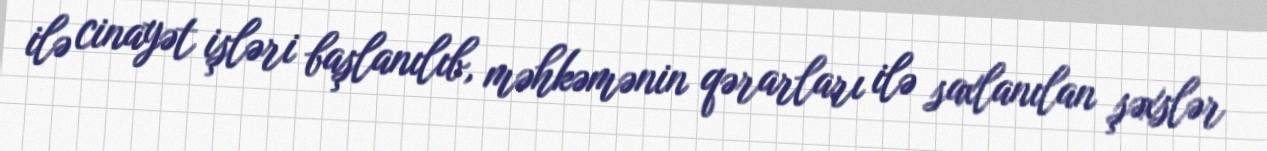
ilə cinayət işləri başlanılıb, məhkəmənin qərarları ilə saxlanılan şəxslər